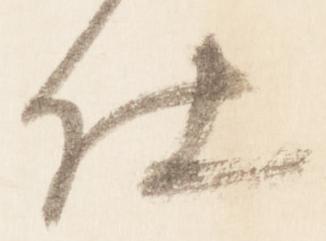
仕